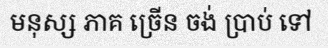
មនុស្ស ភាគ ច្រើន ចង់ ប្រាប់ ទៅ